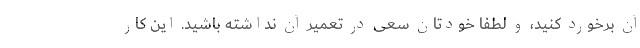
آن برخورد کنید، و لطفا خودتان سعی در تعمیر آن نداشته باشید. این کار